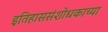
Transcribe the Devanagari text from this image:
इतिहाससंशोधकाच्या